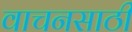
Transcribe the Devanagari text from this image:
वाचनसाठी